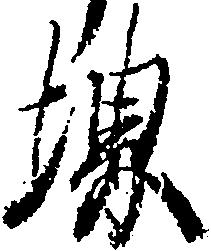
堺